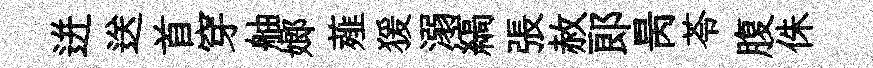
迸送首穿舳嫏薤猨溺縞張赦郞昺苓腹侏